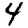
Digit: 4